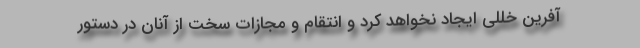
آفرین خللی ایجاد نخواهد کرد و انتقام و مجازات سخت از آنان در دستور